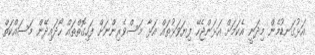
އަޅުގަނޑުމެން މިދަނީ އެކަމަށް އަޅަންޖެހޭ ފިޔަވަޅުތައް އަޅާ މަސްވެރިންނަށް ފަހިގޮތްތައް ހޯދައިދޭން މަސައްކަތް